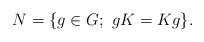
LaTeX: \begin{align*}N=\{g\in G; \ gK=Kg \}.\end{align*}